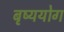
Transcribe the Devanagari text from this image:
बृष्ययोग